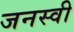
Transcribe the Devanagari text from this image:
जनस्वी